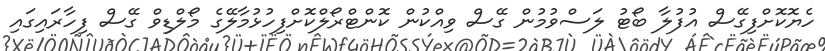
ހެޔޮކޮށްފިގޭސް އުފުލާ ބޯޓު ލަސްވުމުން ގޭސް ވިއްކުން ކޮންޓްރޯލްކޮށްފިހުޅުމާލޭގެ މޯލްޑިވް ގޭސް ފިހާރައިގައި